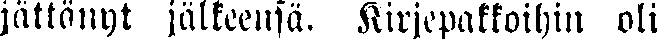
jättänyt jälkeensä. Kirjepakkoihin oli